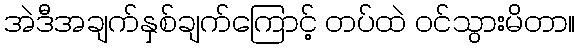
အဲဒီအချက်နှစ်ချက်ကြောင့် တပ်ထဲ ဝင်သွားမိတာ။